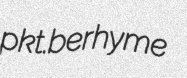
pkt. berhyme